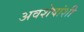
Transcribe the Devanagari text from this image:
अवशेषांशी